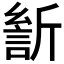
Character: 𰕡